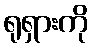
ရုရှားကို